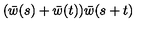
( \bar { w } ( s ) + \bar { w } ( t ) ) \bar { w } ( s + t )